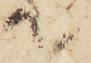
て